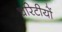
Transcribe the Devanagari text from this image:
चरिटीयों